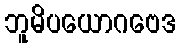
ဘူမိပယောဂဗေဒ